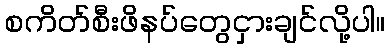
စကိတ်စီးဖိနပ်တွေငှားချင်လို့ပါ။